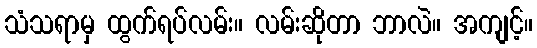
သံသရာမှ ထွက်ရပ်လမ်း။ လမ်းဆိုတာ ဘာလဲ။ အကျင့်။